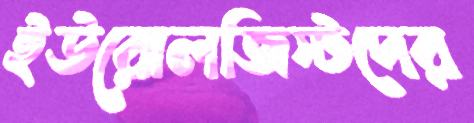
ইউরোলজিস্টদের